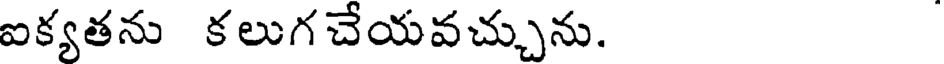
ఐక్యతను కలుగచేయవచ్చును.